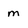
Character: m